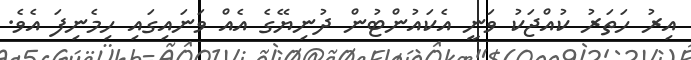
އިރު ހަތަރު ކުއްޖަކު ވަނީ އެކައުންޓުން ދުނިޔޭގެ އެއް ވަނައިގައި ހިމެނިފަ އެވެ.